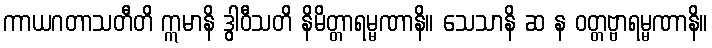
ကာယဂတာသတီတိ ဣမာနိ ဒွါဝီသတိ နိမိတ္တာရမ္မဏာနိ။ သေသာနိ ဆ န ဝတ္တဗ္ဗာရမ္မဏာနိ။